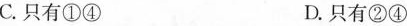
C.只有①④ D.只有②④